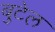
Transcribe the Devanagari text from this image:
बुटेल